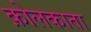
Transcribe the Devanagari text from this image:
क़ोलकाता